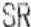
SR